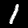
Label: 1